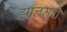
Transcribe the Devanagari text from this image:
झालमुरी